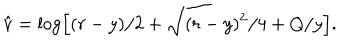
\hat { v } = \log \left[ ( r - y ) / 2 + \sqrt { ( r - y ) ^ { 2 } / 4 + Q / y } \right] .